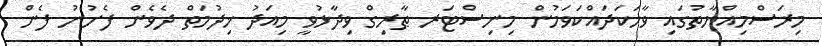
މިރަސްމިއްޔާތުގައި ވާހަކަދައްކަވަމުން މިނިސްޓަރ ޠާރިގް ވިދާޅުވީ މިއަދު ޚިދުމަތް ދެވެން ފެށުނު ފެން